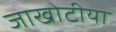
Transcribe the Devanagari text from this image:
जाखोटीया